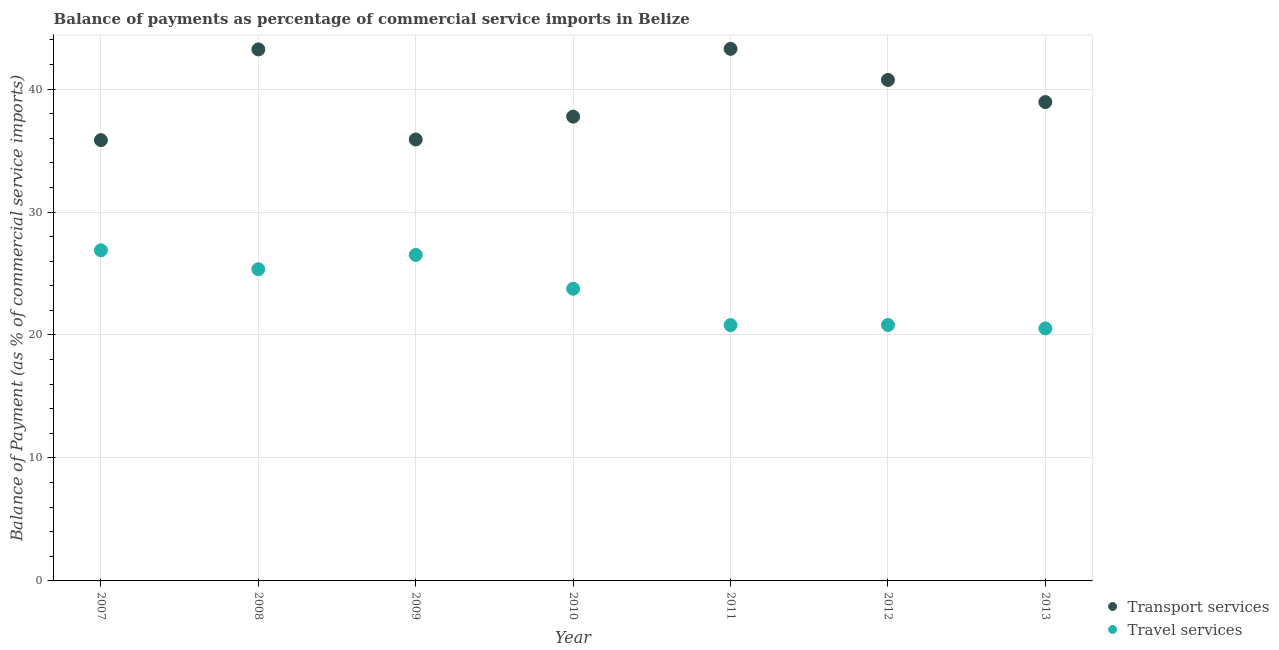
| Year | Transport services | Travel services |
 | --- | --- | --- |
 | 2007 | 35.8 | 26.9 |
 | 2008 | 43.2 | 25.3 |
 | 2009 | 35.9 | 26.5 |
 | 2010 | 37.8 | 23.8 |
 | 2011 | 43.3 | 20.8 |
 | 2012 | 40.7 | 20.8 |
 | 2013 | 38.9 | 20.5 |